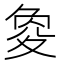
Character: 𡕫